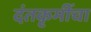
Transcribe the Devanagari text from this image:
दंतकृमींचा